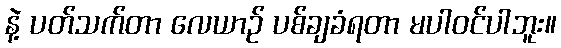
နဲ့ ပတ်သက်တာ လေယာဉ် ပစ်ချခံရတာ မပါဝင်ပါဘူး။